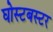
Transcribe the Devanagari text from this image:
घोस्टबस्टर